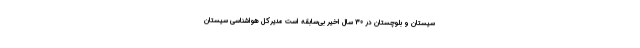
سیستان و بلوچستان در 30 سال اخیر بی‌سابقه است مدیرکل هواشناسی سیستان